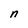
Character: n